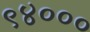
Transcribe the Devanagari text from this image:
९४०००